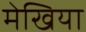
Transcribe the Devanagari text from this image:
मेखिया